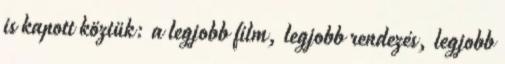
is kapott köztük: a legjobb film, legjobb rendezés, legjobb